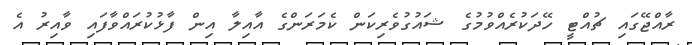
ރާއްޖޭގައި ޗުއްޓީ ހޭދަކުރެއްވުމުގެ ޝައުގުވެރިކަން ކެމަރަންގެ އާއިލާ އިން ފާޅުކުރައްވާފައި ވާއިރު އެ